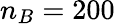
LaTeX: n_{B}=200